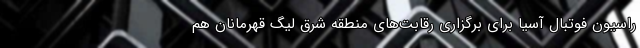
راسیون فوتبال آسیا برای برگزاری رقابت‌های منطقه شرق لیگ قهرمانان هم